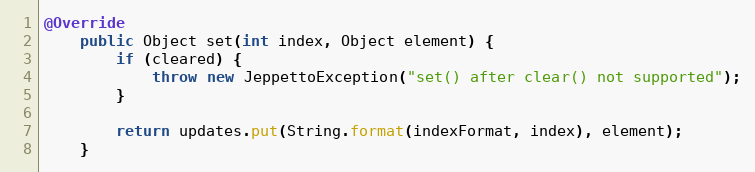
Language: Java
@Override
    public Object set(int index, Object element) {
        if (cleared) {
            throw new JeppettoException("set() after clear() not supported");
        }

        return updates.put(String.format(indexFormat, index), element);
    }